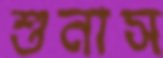
শুনাস